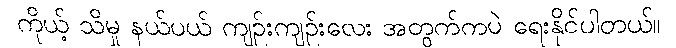
ကိုယ့် သိမှု နယ်ပယ် ကျဉ်းကျဉ်းလေး အတွက်ကပဲ ရေးနိုင်ပါတယ်။